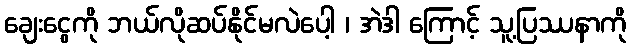
ချေးငွေကို ဘယ်လိုဆပ်နိုင်မလဲပေါ့ ၊ အဲဒါ ကြောင့် သူ့ပြဿနာကို